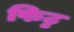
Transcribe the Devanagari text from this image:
फिट्ट